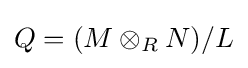
Q=(M\otimes _{R}N)/L